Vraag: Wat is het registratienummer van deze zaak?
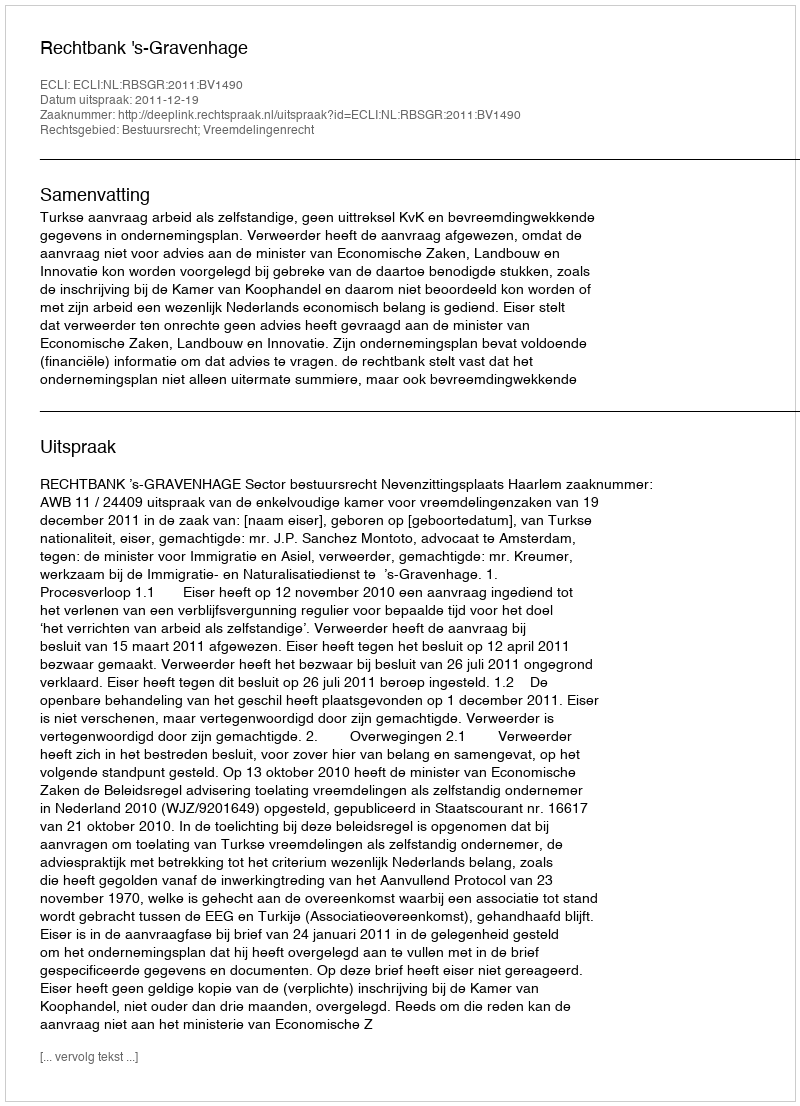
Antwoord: http://deeplink.rechtspraak.nl/uitspraak?id=ECLI:NL:RBSGR:2011:BV1490